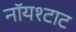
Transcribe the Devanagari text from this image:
नॉयश्टाट